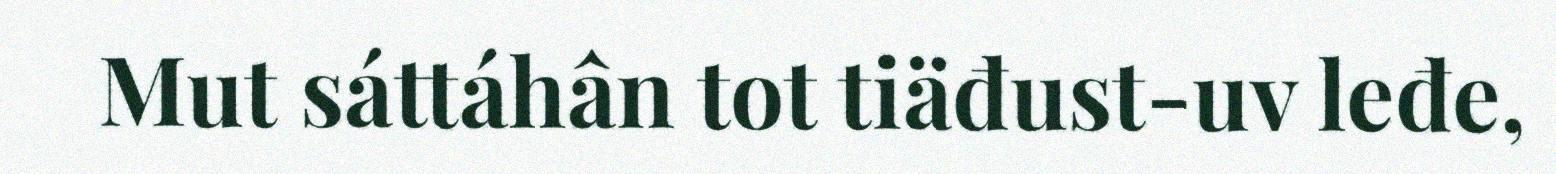
Mut sáttáhân tot tiäđust-uv leđe,